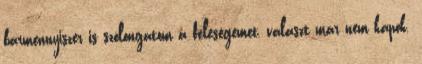
bármennyiszer is szólongatom a feleségemet, választ már nem kapok.